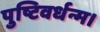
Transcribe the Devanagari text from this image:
पुष्टिवर्धन्म।